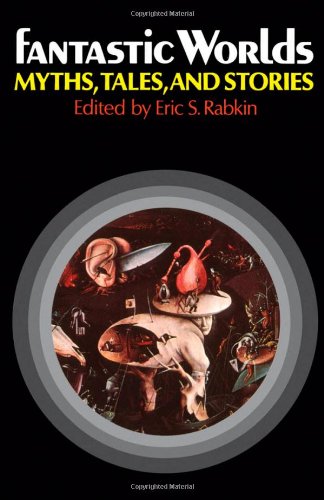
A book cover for Fantastic Worlds: Myths, Tales, and Stories; Humor & Entertainment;